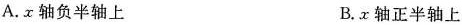
A.x轴负半轴上 B.x轴正半轴上